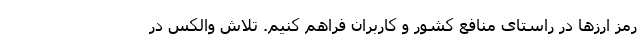
رمز ارزها در راستای منافع کشور و کاربران فراهم کنیم. تلاش والکس در